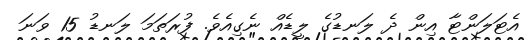
އެޓަލަންޓާ އިން ދެ ލަނޑުގެ ލީޑެއް ނެގިއެވެ. ފުރަތަމަ ލަނޑު 15 ވަނަ